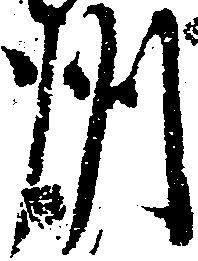
州